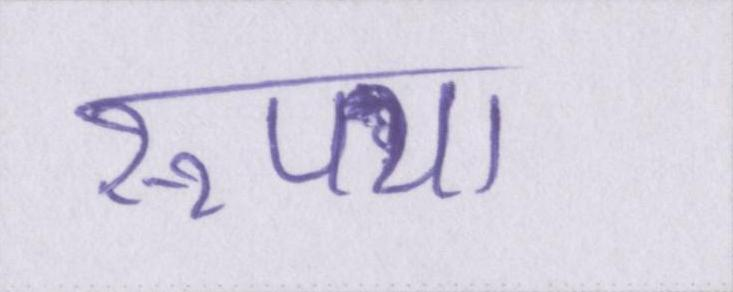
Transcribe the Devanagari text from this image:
रूपया